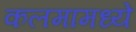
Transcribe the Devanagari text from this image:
कलमामध्ये